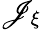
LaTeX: \mathscr{J}_{\xi}